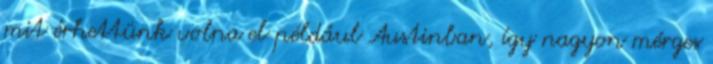
mit érhettünk volna el például Austinban, így nagyon mérges